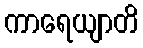
ကာရေယျာတိ